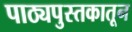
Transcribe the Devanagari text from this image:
पाठ्यपुस्तकातून